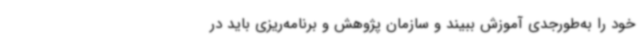
خود را به‌طورجدی آموزش ببیند و سازمان پژوهش و برنامه‌ریزی باید در